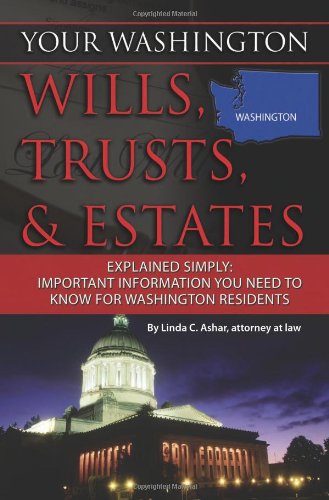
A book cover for Your Washington Wills, Trusts, & Estates Explained Simply: Important Information You Need to Know for Washington Residents (Your... Wills, Trusts, & Estates); Linda C. Ashar  Attorney at Law; Law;